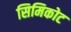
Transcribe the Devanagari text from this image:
सिमिकोट